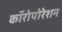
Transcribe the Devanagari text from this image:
कॉरोपोरेशन